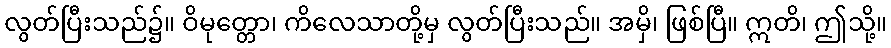
လွတ်ပြီးသည်၌။ ဝိမုတ္တော၊ ကိလေသာတို့မှ လွတ်ပြီးသည်။ အမှိ၊ ဖြစ်ပြီ။ ဣတိ၊ ဤသို့။